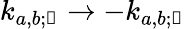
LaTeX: k_{a,b;\mathscr{n}}\rightarrow-k_{a,b;\mathscr{n}}